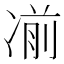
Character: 𰄄